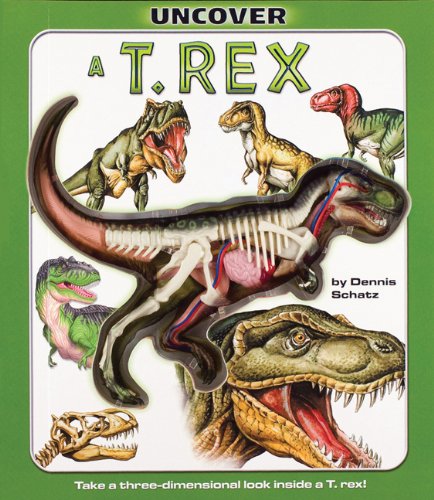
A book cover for Uncover a T-Rex: An Uncover It Book; Dennis Schatz; Children's Books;